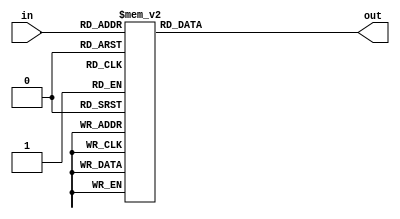
module Gamma_2_77_LUT (
	input [7:0]in,
	output reg [7:0]out
	);

	/*
	table retrieved from: https://learn.adafruit.com/led-tricks-gamma-correction/the-quick-fix

	0,  0,  0,  0,  0,  0,  0,  0,  0,  0,  0,  0,  0,  0,  0,  0,
	0,  0,  0,  0,  0,  0,  0,  0,  0,  0,  0,  0,  1,  1,  1,  1,
	1,  1,  1,  1,  1,  1,  1,  1,  1,  2,  2,  2,  2,  2,  2,  2,
	2,  3,  3,  3,  3,  3,  3,  3,  4,  4,  4,  4,  4,  5,  5,  5,
	5,  6,  6,  6,  6,  7,  7,  7,  7,  8,  8,  8,  9,  9,  9, 10,
	10, 10, 11, 11, 11, 12, 12, 13, 13, 13, 14, 14, 15, 15, 16, 16,
	17, 17, 18, 18, 19, 19, 20, 20, 21, 21, 22, 22, 23, 24, 24, 25,
	25, 26, 27, 27, 28, 29, 29, 30, 31, 32, 32, 33, 34, 35, 35, 36,
	37, 38, 39, 39, 40, 41, 42, 43, 44, 45, 46, 47, 48, 49, 50, 50,
	51, 52, 54, 55, 56, 57, 58, 59, 60, 61, 62, 63, 64, 66, 67, 68,
	69, 70, 72, 73, 74, 75, 77, 78, 79, 81, 82, 83, 85, 86, 87, 89,
	90, 92, 93, 95, 96, 98, 99,101,102,104,105,107,109,110,112,114,
	115,117,119,120,122,124,126,127,129,131,133,135,137,138,140,142,
	144,146,148,150,152,154,156,158,160,162,164,167,169,171,173,175,
	177,180,182,184,186,189,191,193,196,198,200,203,205,208,210,213,
	215,218,220,223,225,228,231,233,236,239,241,244,247,249,252,255

	script used: x.split(',').map(parseInt).map((x,i)=>`8'd${i}:	out = 8'd${x};`).join('\n');
	*/

	always@*begin
		case(in)
			8'd0:	out = 8'd0;
			8'd1:	out = 8'd0;
			8'd2:	out = 8'd0;
			8'd3:	out = 8'd0;
			8'd4:	out = 8'd0;
			8'd5:	out = 8'd0;
			8'd6:	out = 8'd0;
			8'd7:	out = 8'd0;
			8'd8:	out = 8'd0;
			8'd9:	out = 8'd0;
			8'd10:	out = 8'd0;
			8'd11:	out = 8'd0;
			8'd12:	out = 8'd0;
			8'd13:	out = 8'd0;
			8'd14:	out = 8'd0;
			8'd15:	out = 8'd0;
			8'd16:	out = 8'd0;
			8'd17:	out = 8'd0;
			8'd18:	out = 8'd0;
			8'd19:	out = 8'd0;
			8'd20:	out = 8'd0;
			8'd21:	out = 8'd0;
			8'd22:	out = 8'd0;
			8'd23:	out = 8'd0;
			8'd24:	out = 8'd0;
			8'd25:	out = 8'd0;
			8'd26:	out = 8'd0;
			8'd27:	out = 8'd0;
			8'd28:	out = 8'd1;
			8'd29:	out = 8'd1;
			8'd30:	out = 8'd1;
			8'd31:	out = 8'd1;
			8'd32:	out = 8'd1;
			8'd33:	out = 8'd1;
			8'd34:	out = 8'd1;
			8'd35:	out = 8'd1;
			8'd36:	out = 8'd1;
			8'd37:	out = 8'd1;
			8'd38:	out = 8'd1;
			8'd39:	out = 8'd1;
			8'd40:	out = 8'd1;
			8'd41:	out = 8'd2;
			8'd42:	out = 8'd2;
			8'd43:	out = 8'd2;
			8'd44:	out = 8'd2;
			8'd45:	out = 8'd2;
			8'd46:	out = 8'd2;
			8'd47:	out = 8'd2;
			8'd48:	out = 8'd2;
			8'd49:	out = 8'd3;
			8'd50:	out = 8'd3;
			8'd51:	out = 8'd3;
			8'd52:	out = 8'd3;
			8'd53:	out = 8'd3;
			8'd54:	out = 8'd3;
			8'd55:	out = 8'd3;
			8'd56:	out = 8'd4;
			8'd57:	out = 8'd4;
			8'd58:	out = 8'd4;
			8'd59:	out = 8'd4;
			8'd60:	out = 8'd4;
			8'd61:	out = 8'd5;
			8'd62:	out = 8'd5;
			8'd63:	out = 8'd5;
			8'd64:	out = 8'd5;
			8'd65:	out = 8'd6;
			8'd66:	out = 8'd6;
			8'd67:	out = 8'd6;
			8'd68:	out = 8'd6;
			8'd69:	out = 8'd7;
			8'd70:	out = 8'd7;
			8'd71:	out = 8'd7;
			8'd72:	out = 8'd7;
			8'd73:	out = 8'd8;
			8'd74:	out = 8'd8;
			8'd75:	out = 8'd8;
			8'd76:	out = 8'd9;
			8'd77:	out = 8'd9;
			8'd78:	out = 8'd9;
			8'd79:	out = 8'd10;
			8'd80:	out = 8'd10;
			8'd81:	out = 8'd10;
			8'd82:	out = 8'd11;
			8'd83:	out = 8'd11;
			8'd84:	out = 8'd11;
			8'd85:	out = 8'd12;
			8'd86:	out = 8'd12;
			8'd87:	out = 8'd13;
			8'd88:	out = 8'd13;
			8'd89:	out = 8'd13;
			8'd90:	out = 8'd14;
			8'd91:	out = 8'd14;
			8'd92:	out = 8'd15;
			8'd93:	out = 8'd15;
			8'd94:	out = 8'd16;
			8'd95:	out = 8'd16;
			8'd96:	out = 8'd17;
			8'd97:	out = 8'd17;
			8'd98:	out = 8'd18;
			8'd99:	out = 8'd18;
			8'd100:	out = 8'd19;
			8'd101:	out = 8'd19;
			8'd102:	out = 8'd20;
			8'd103:	out = 8'd20;
			8'd104:	out = 8'd21;
			8'd105:	out = 8'd21;
			8'd106:	out = 8'd22;
			8'd107:	out = 8'd22;
			8'd108:	out = 8'd23;
			8'd109:	out = 8'd24;
			8'd110:	out = 8'd24;
			8'd111:	out = 8'd25;
			8'd112:	out = 8'd25;
			8'd113:	out = 8'd26;
			8'd114:	out = 8'd27;
			8'd115:	out = 8'd27;
			8'd116:	out = 8'd28;
			8'd117:	out = 8'd29;
			8'd118:	out = 8'd29;
			8'd119:	out = 8'd30;
			8'd120:	out = 8'd31;
			8'd121:	out = 8'd32;
			8'd122:	out = 8'd32;
			8'd123:	out = 8'd33;
			8'd124:	out = 8'd34;
			8'd125:	out = 8'd35;
			8'd126:	out = 8'd35;
			8'd127:	out = 8'd36;
			8'd128:	out = 8'd37;
			8'd129:	out = 8'd38;
			8'd130:	out = 8'd39;
			8'd131:	out = 8'd39;
			8'd132:	out = 8'd40;
			8'd133:	out = 8'd41;
			8'd134:	out = 8'd42;
			8'd135:	out = 8'd43;
			8'd136:	out = 8'd44;
			8'd137:	out = 8'd45;
			8'd138:	out = 8'd46;
			8'd139:	out = 8'd47;
			8'd140:	out = 8'd48;
			8'd141:	out = 8'd49;
			8'd142:	out = 8'd50;
			8'd143:	out = 8'd50;
			8'd144:	out = 8'd51;
			8'd145:	out = 8'd52;
			8'd146:	out = 8'd54;
			8'd147:	out = 8'd55;
			8'd148:	out = 8'd56;
			8'd149:	out = 8'd57;
			8'd150:	out = 8'd58;
			8'd151:	out = 8'd59;
			8'd152:	out = 8'd60;
			8'd153:	out = 8'd61;
			8'd154:	out = 8'd62;
			8'd155:	out = 8'd63;
			8'd156:	out = 8'd64;
			8'd157:	out = 8'd66;
			8'd158:	out = 8'd67;
			8'd159:	out = 8'd68;
			8'd160:	out = 8'd69;
			8'd161:	out = 8'd70;
			8'd162:	out = 8'd72;
			8'd163:	out = 8'd73;
			8'd164:	out = 8'd74;
			8'd165:	out = 8'd75;
			8'd166:	out = 8'd77;
			8'd167:	out = 8'd78;
			8'd168:	out = 8'd79;
			8'd169:	out = 8'd81;
			8'd170:	out = 8'd82;
			8'd171:	out = 8'd83;
			8'd172:	out = 8'd85;
			8'd173:	out = 8'd86;
			8'd174:	out = 8'd87;
			8'd175:	out = 8'd89;
			8'd176:	out = 8'd90;
			8'd177:	out = 8'd92;
			8'd178:	out = 8'd93;
			8'd179:	out = 8'd95;
			8'd180:	out = 8'd96;
			8'd181:	out = 8'd98;
			8'd182:	out = 8'd99;
			8'd183:	out = 8'd101;
			8'd184:	out = 8'd102;
			8'd185:	out = 8'd104;
			8'd186:	out = 8'd105;
			8'd187:	out = 8'd107;
			8'd188:	out = 8'd109;
			8'd189:	out = 8'd110;
			8'd190:	out = 8'd112;
			8'd191:	out = 8'd114;
			8'd192:	out = 8'd115;
			8'd193:	out = 8'd117;
			8'd194:	out = 8'd119;
			8'd195:	out = 8'd120;
			8'd196:	out = 8'd122;
			8'd197:	out = 8'd124;
			8'd198:	out = 8'd126;
			8'd199:	out = 8'd127;
			8'd200:	out = 8'd129;
			8'd201:	out = 8'd131;
			8'd202:	out = 8'd133;
			8'd203:	out = 8'd135;
			8'd204:	out = 8'd137;
			8'd205:	out = 8'd138;
			8'd206:	out = 8'd140;
			8'd207:	out = 8'd142;
			8'd208:	out = 8'd144;
			8'd209:	out = 8'd146;
			8'd210:	out = 8'd148;
			8'd211:	out = 8'd150;
			8'd212:	out = 8'd152;
			8'd213:	out = 8'd154;
			8'd214:	out = 8'd156;
			8'd215:	out = 8'd158;
			8'd216:	out = 8'd160;
			8'd217:	out = 8'd162;
			8'd218:	out = 8'd164;
			8'd219:	out = 8'd167;
			8'd220:	out = 8'd169;
			8'd221:	out = 8'd171;
			8'd222:	out = 8'd173;
			8'd223:	out = 8'd175;
			8'd224:	out = 8'd177;
			8'd225:	out = 8'd180;
			8'd226:	out = 8'd182;
			8'd227:	out = 8'd184;
			8'd228:	out = 8'd186;
			8'd229:	out = 8'd189;
			8'd230:	out = 8'd191;
			8'd231:	out = 8'd193;
			8'd232:	out = 8'd196;
			8'd233:	out = 8'd198;
			8'd234:	out = 8'd200;
			8'd235:	out = 8'd203;
			8'd236:	out = 8'd205;
			8'd237:	out = 8'd208;
			8'd238:	out = 8'd210;
			8'd239:	out = 8'd213;
			8'd240:	out = 8'd215;
			8'd241:	out = 8'd218;
			8'd242:	out = 8'd220;
			8'd243:	out = 8'd223;
			8'd244:	out = 8'd225;
			8'd245:	out = 8'd228;
			8'd246:	out = 8'd231;
			8'd247:	out = 8'd233;
			8'd248:	out = 8'd236;
			8'd249:	out = 8'd239;
			8'd250:	out = 8'd241;
			8'd251:	out = 8'd244;
			8'd252:	out = 8'd247;
			8'd253:	out = 8'd249;
			8'd254:	out = 8'd252;
			8'd255:	out = 8'd255;
			default:	out = 0;
		endcase
	end
endmodule // Gamma_2_77_LUT